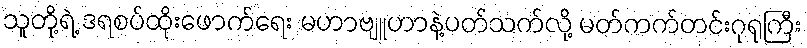
သူတို့ရဲ့ ဒရစပ်ထိုးဖောက်ရေး မဟာဗျူဟာနဲ့ပတ်သက်လို့ မတ်ကက်တင်းဂုရုကြီး